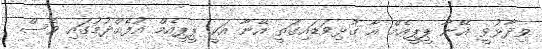
ވިދާޅުވީ އޭނާ ޕީޕީއެމް އާ ގުޅިވަޑައިގަތީ އޭނާ އަކީ ޕީޕީއެމް އުފެއްދުމުގައި ވެސް